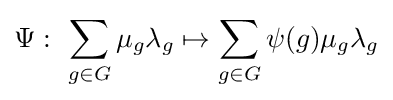
\Psi :~\sum \limits _{g\in G}\mu _{g}\lambda _{g}\mapsto \sum \limits _{g\in G}\psi (g)\mu _{g}\lambda _{g}